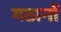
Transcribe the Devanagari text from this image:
गठानों